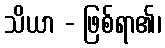
သိယာ - ဖြစ်ရာ၏၊